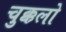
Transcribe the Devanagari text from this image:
चुक्कलो